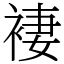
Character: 褄